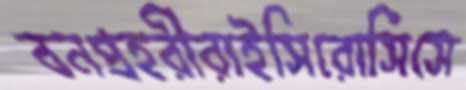
বনপ্রহরীরাইসিরোসিসে